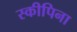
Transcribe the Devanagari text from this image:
स्कीपिना